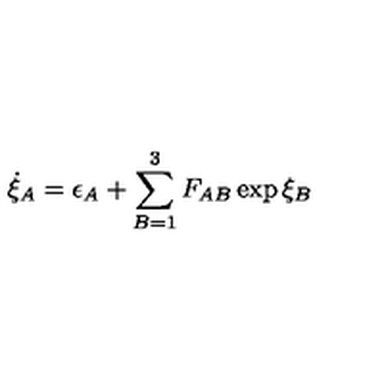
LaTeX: \dot { \xi } _ { A } = \epsilon _ { A } + \sum _ { B = 1 } ^ { 3 } F _ { A B } \exp \xi _ { B }